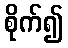
စိုက်၍